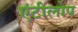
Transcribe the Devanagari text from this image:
एंटीलोप